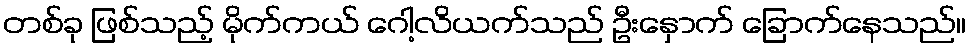
တစ်ခု ဖြစ်သည့် မိုက်ကယ် ဂေါ့လိယက်သည် ဦးနှောက် ခြောက်နေသည်။